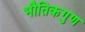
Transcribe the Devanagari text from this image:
भौतिकगुण